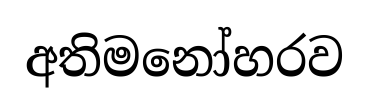
අතිමනෝහරව